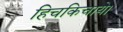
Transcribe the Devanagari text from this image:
हिचकिचाये।